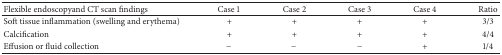
<table><thead><tr><td><b>Flexible endoscopyand CT scan findings</b></td><td><b>Case <i>1</i></b></td><td><b>Case <i>2</i></b></td><td><b>Case <i>3</i></b></td><td><b>Case <i>4</i></b></td><td><b>Ratio</b></td></tr></thead><tbody><tr><td>Soft tissue inflammation (swelling and erythema)</td><td>+</td><td>+</td><td>+</td><td>+</td><td>3/3</td></tr><tr><td>Calcification</td><td>+</td><td>+</td><td>+</td><td>+</td><td>4/4</td></tr><tr><td>Effusion or fluid collection</td><td>−</td><td>−</td><td>−</td><td>+</td><td>1/4</td></tr></tbody></table>